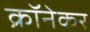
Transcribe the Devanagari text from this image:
क्रॉनेकर